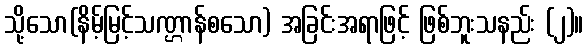
သို့သော(နိမ့်မြင့်သဏ္ဌာန်စသော) အခြင်းအရာဖြင့် ဖြစ်ဘူးသနည်း (၂)။